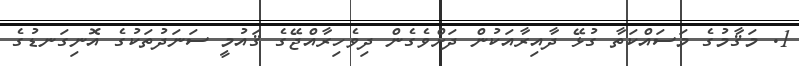
1. މަޤާމުގެ މަސައްކަތާ ގުޅޭ ދާއިރާއަކުން ދަށްވެގެން ދިވެހިރާއްޖޭގެ ޤައުމީ ސަނަދުތަކުގެ އޮނިގަނޑުގެ